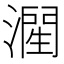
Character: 𱨷